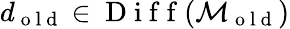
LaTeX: d_{\mathrm{~o~l~d~}}\in\mathrm{~D~i~f~f~}(\mathcal{M}_{\mathrm{~o~l~d~}})